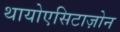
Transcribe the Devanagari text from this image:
थायोएसिटाज़ोन